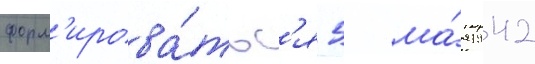
форм'ирова́тьс'я 5 ма́я 1942